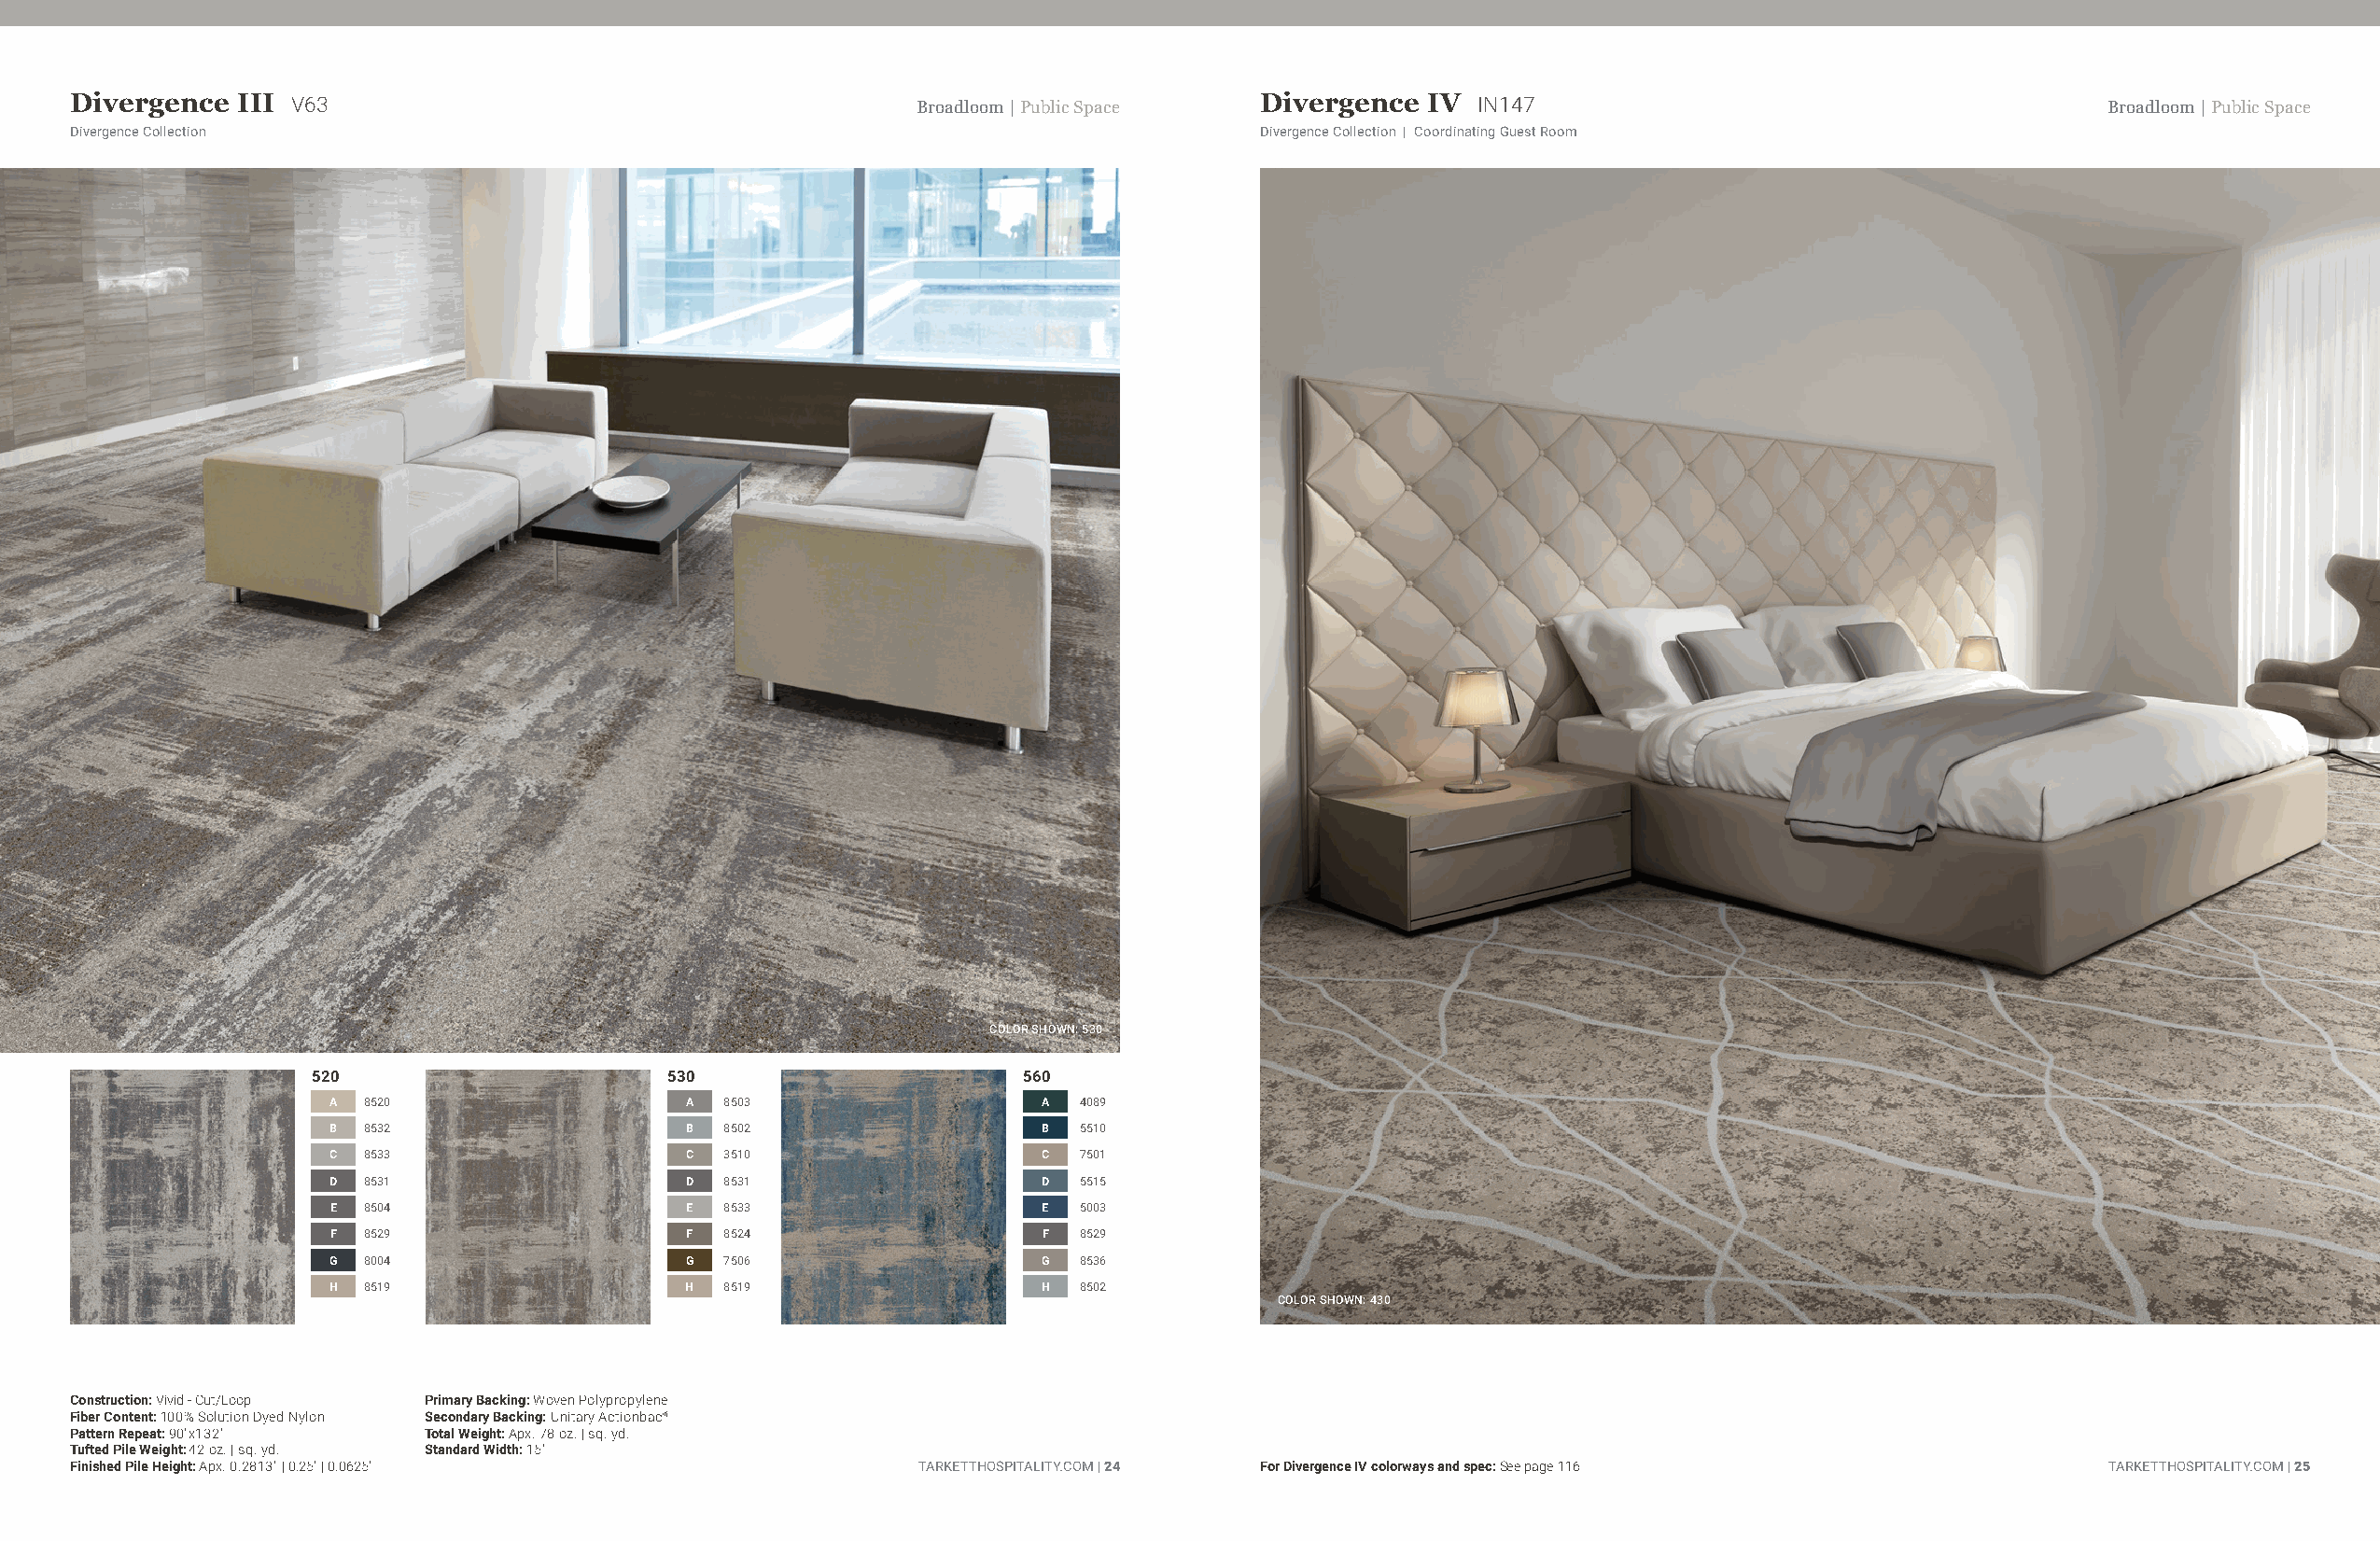
Divergence  III V63                                         Broadloom | Public Space Divergence IV  IN147                                        Broadloom | Public Space
 Divergence Collection                                                               Divergence Collection | Coordinating Guest Room
 COLOR SHOWN: 530
 520                      530                       560
 A  8520                   A 8503                   A  4089
 B  8532                   B 8502                   B  5510
 C  8533                   C 3510                   C  7501
 D  8531                   D 8531                   D  5515
 E  8504                   E 8533                   E  5003
 F  8529                   F 8524                   F  8529
 G  8004                   G 7506                   G  8536
 H  8519                   H 8519                   H  8502
 COLOR SHOWN: 430
 Construction: Vivid - Cut/Loop Primary Backing: Woven Polypropylene
 Fiber Content: 100% Solution Dyed Nylon Secondary Backing: Unitary Actionbac®
 Pattern Repeat: 90"x132" Total Weight: Apx. 78 oz. | sq. yd.
 Tufted Pile Weight: 42 oz. | sq. yd. Standard Width: 15'
 Finished Pile Height: Apx. 0.2813" | 0.25" | 0.0625"        TARKETTHOSPITALITY.COM | 24 For Divergence IV colorways and spec: See page 116       TARKETTHOSPITALITY.COM | 25